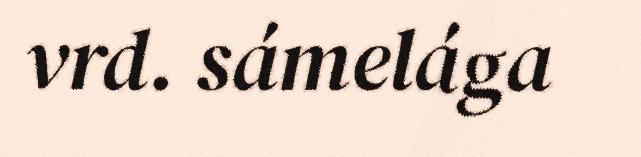
vrd. sámelága